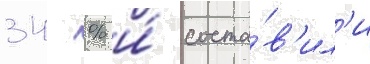
34 % и́ соста́в'ил'и